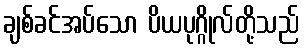
ချစ်ခင်အပ်သော ပိယပုဂ္ဂိုလ်တို့သည်